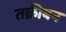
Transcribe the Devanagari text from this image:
तक्रीबन